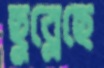
ছুব্‌লেছে